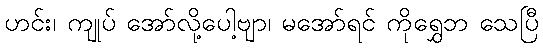
ဟင်း၊ ကျုပ် အော်လို့ပေါ့ဗျာ၊ မအော်ရင် ကိုရွှေဘ သေပြီ